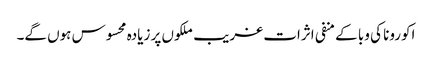
اکورونا کی وبا کے منفی اثرات غریب ملکوں پر زیادہ محسوس ہوں گے۔